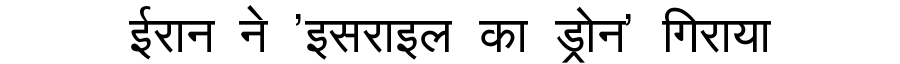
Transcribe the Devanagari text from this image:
ईरान ने 'इसराइल का ड्रोन' गिराया